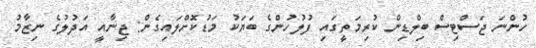
ހުންނަ ޖަސްޓިސް ބިލްޑިން ކުރިމަތީގައި ފުލުހުންގެ ބަޔަކު މަޑުކޮށްލައިގެން: ޖިނާއީ އަދުލުގެ ނިޒާމު